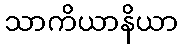
သာကိယာနိယာ